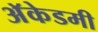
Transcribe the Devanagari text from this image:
अॅकेडमी